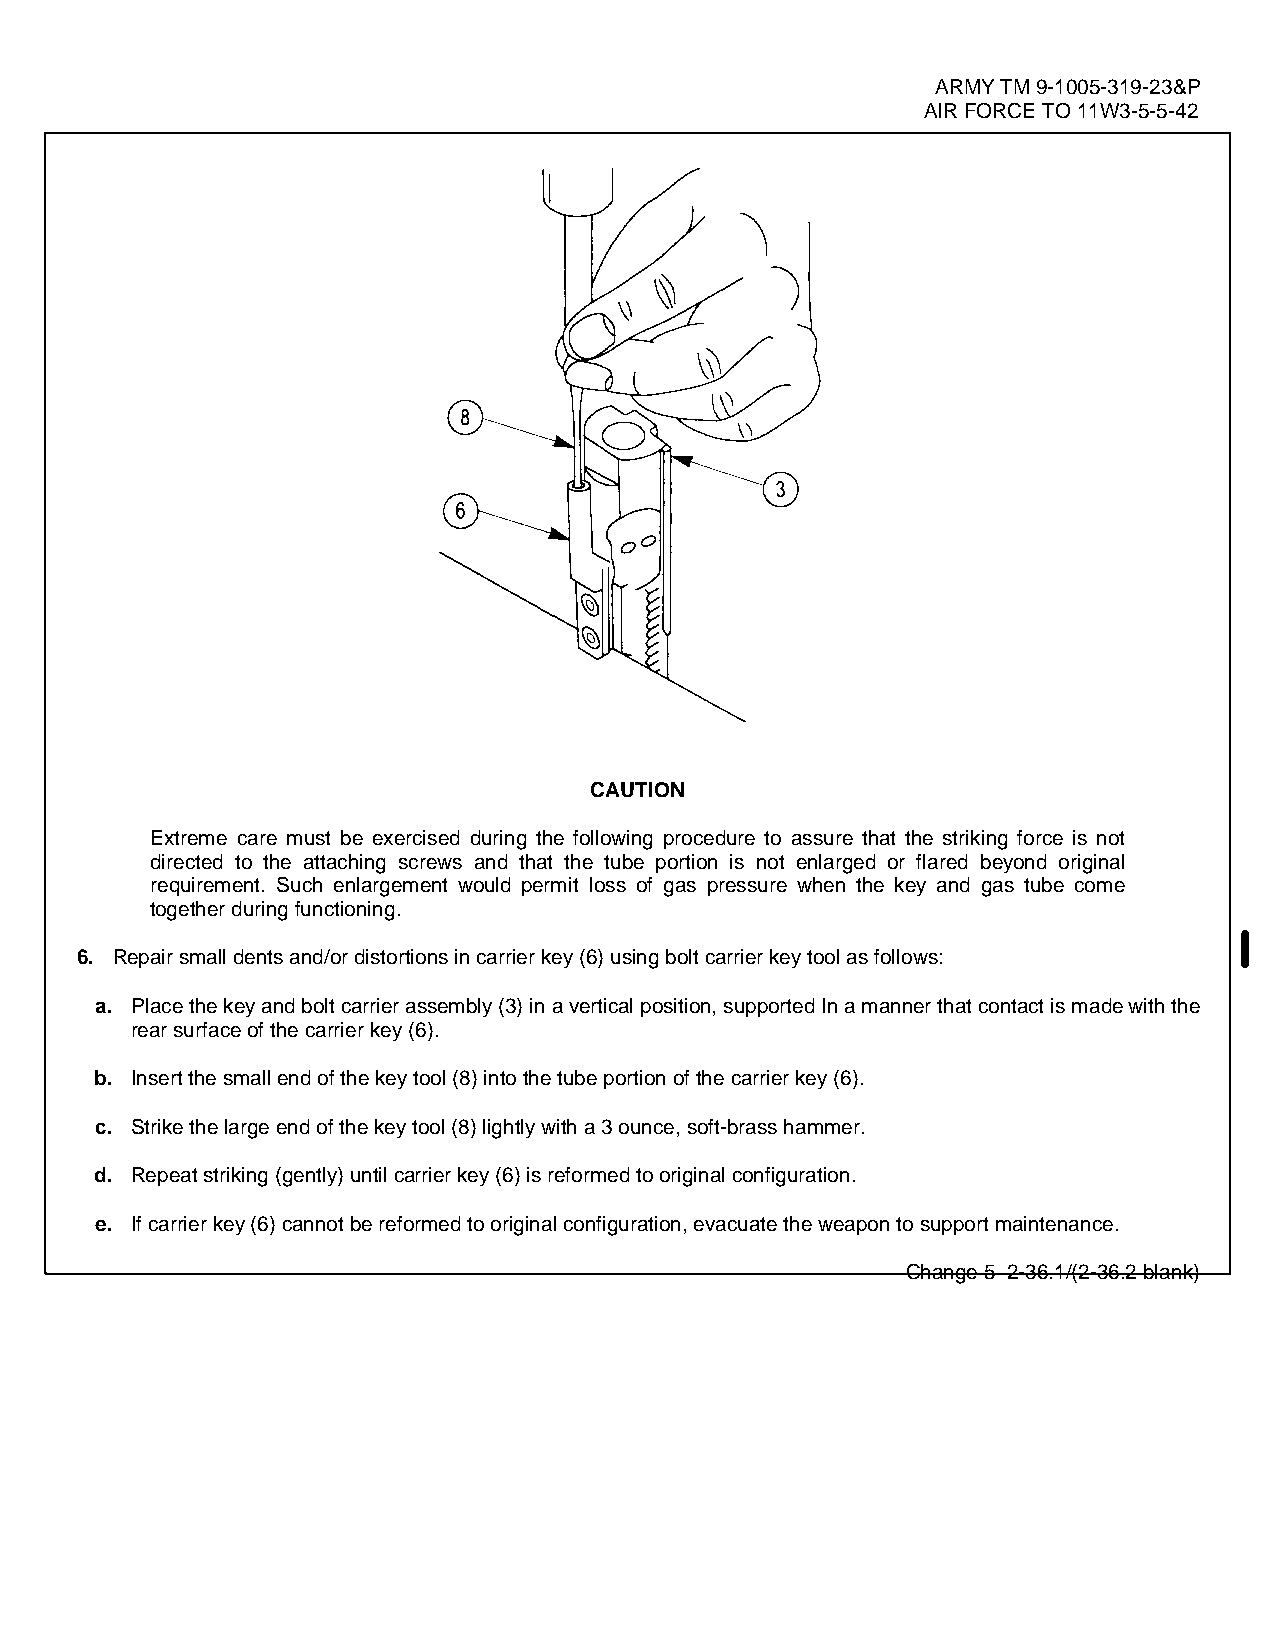
ARMY TM 9-1005-319-23&P
 AIR FORCE TO 11W3-5-5-42
 CAUTION
 Extreme care must be exercised during the following procedure to assure that the striking force is not
 directed to the attaching screws and that the tube portion is not enlarged or flared beyond original
 requirement. Such enlargement would permit loss of gas pressure when the key and gas tube come
 together during functioning.
 6. Repair small dents and/or distortions in carrier key (6) using bolt carrier key tool as follows:
 a. Place the key and bolt carrier assembly (3) in a vertical position, supported In a manner that contact is made with the
 rear surface of the carrier key (6).
 b. Insert the small end of the key tool (8) into the tube portion of the carrier key (6).
 c. Strike the large end of the key tool (8) lightly with a 3 ounce, soft-brass hammer.
 d. Repeat striking (gently) until carrier key (6) is reformed to original configuration.
 e. If carrier key (6) cannot be reformed to original configuration, evacuate the weapon to support maintenance.
 Change 5 2-36.1/(2-36.2 blank)